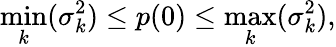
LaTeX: \operatorname*{min}_{k}(\sigma_{k}^{2})\leq p(0)\leq\operatorname*{max}_{k}(\sigma_{k}^{2}),